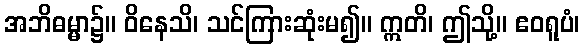
အဘိဓမ္မာ၌။ ဝိနေသိ၊ သင်ကြားဆုံးမ၍။ ဣတိ၊ ဤသို့။ ဧဝရူပံ၊